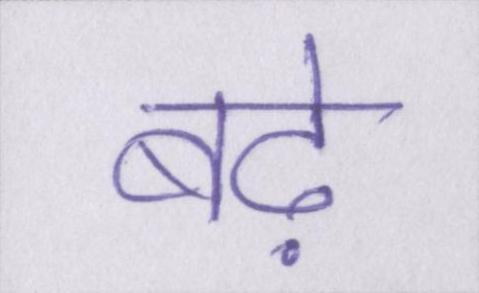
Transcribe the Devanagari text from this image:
बढ़े